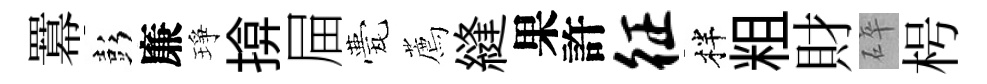
羃彭廉琤揜屇甍薦縫果許征柈粗財碎枵